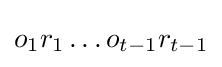
o_{1}r_{1}\ldots o_{t-1}r_{t-1}